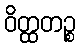
ဝိတ္ထတဉ္စ